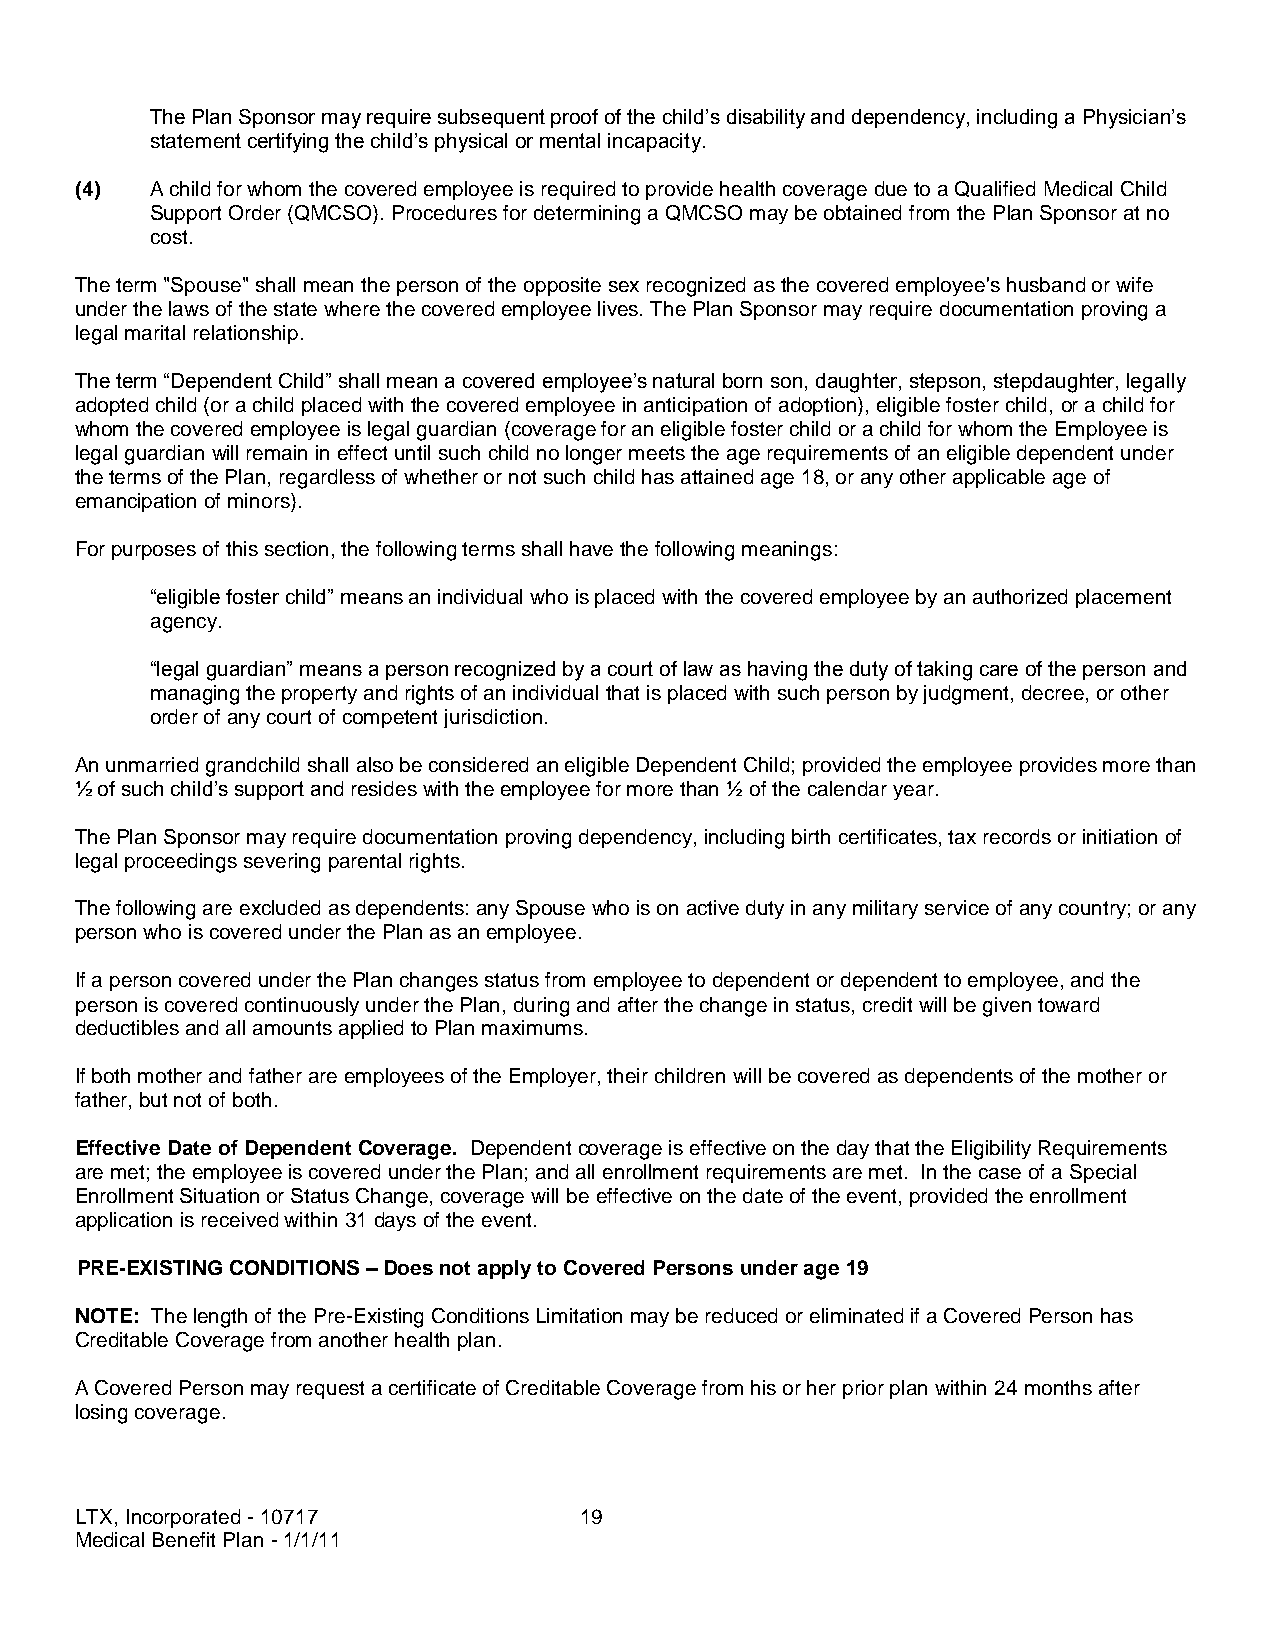
The Plan Sponsor may require subsequent proof of the child’s disability and dependency, including a Physician’s
 statement certifying the child’s physical or mental incapacity.
 (4)  A child for whom the covered employee is required to provide health coverage due to a Qualified Medical Child
 Support Order (QMCSO). Procedures for determining a QMCSO may be obtained from the Plan Sponsor at no
 cost.
 The term "Spouse" shall mean the person of the opposite sex recognized as the covered employee's husband or wife
 under the laws of the state where the covered employee lives. The Plan Sponsor may require documentation proving a
 legal marital relationship.
 The term “Dependent Child” shall mean a covered employee’s natural born son, daughter, stepson, stepdaughter, legally
 adopted child (or a child placed with the covered employee in anticipation of adoption), eligible foster child, or a child for
 whom the covered employee is legal guardian (coverage for an eligible foster child or a child for whom the Employee is
 legal guardian will remain in effect until such child no longer meets the age requirements of an eligible dependent under
 the terms of the Plan, regardless of whether or not such child has attained age 18, or any other applicable age of
 emancipation of minors).
 For purposes of this section, the following terms shall have the following meanings:
 “eligible foster child” means an individual who is placed with the covered employee by an authorized placement
 agency.
 “legal guardian” means a person recognized by a court of law as having the duty of taking care of the person and
 managing the property and rights of an individual that is placed with such person by judgment, decree, or other
 order of any court of competent jurisdiction.
 An unmarried grandchild shall also be considered an eligible Dependent Child; provided the employee provides more than
 ½ of such child’s support and resides with the employee for more than ½ of the calendar year.
 The Plan Sponsor may require documentation proving dependency, including birth certificates, tax records or initiation of
 legal proceedings severing parental rights.
 The following are excluded as dependents: any Spouse who is on active duty in any military service of any country; or any
 person who is covered under the Plan as an employee.
 If a person covered under the Plan changes status from employee to dependent or dependent to employee, and the
 person is covered continuously under the Plan, during and after the change in status, credit will be given toward
 deductibles and all amounts applied to Plan maximums.
 If both mother and father are employees of the Employer, their children will be covered as dependents of the mother or
 father, but not of both.
 Effective Date of Dependent Coverage. Dependent coverage is effective on the day that the Eligibility Requirements
 are met; the employee is covered under the Plan; and all enrollment requirements are met. In the case of a Special
 Enrollment Situation or Status Change, coverage will be effective on the date of the event, provided the enrollment
 application is received within 31 days of the event.
 PRE-EXISTING CONDITIONS – Does not apply to Covered Persons under age 19
 NOTE: The length of the Pre-Existing Conditions Limitation may be reduced or eliminated if a Covered Person has
 Creditable Coverage from another health plan.
 A Covered Person may request a certificate of Creditable Coverage from his or her prior plan within 24 months after
 losing coverage.
 LTX, Incorporated - 10717        19
 Medical Benefit Plan - 1/1/11